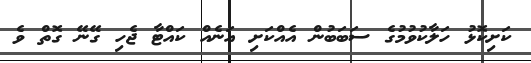
ކަށިކޮޅު ހަލާކުވުމުގެ ސަބަބުން އެއްކަށި އަނެއް ކައްޓާ ޖެހި ގޭނޭ ގޮތް ވެ